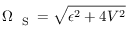
\Omega _ { \mathrm { ~ \tiny ~ S ~ } } = \sqrt { \epsilon ^ { 2 } + 4 V ^ { 2 } }